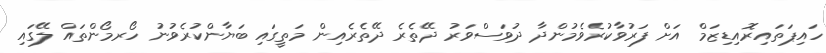
ހައިޕަތައިރޮއިޑިޒަމް އަށް ފަރުވާކުރެވެމުންދާ ދުވަސްވަރު ދޭތެރެ ދޭތެރެއިން މަތީގައި ބަޔާންކުރެވުނު ހޯރމޯންތައް ލޭގައި